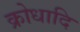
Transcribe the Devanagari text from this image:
क्रोधादि